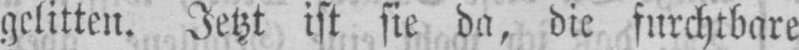
gelitten. Jetzt ist sie da, die furchtbare